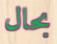
بحال